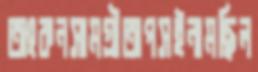
অংকনসামগ্রীতাপসইনামছিল